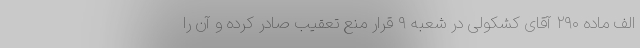
الف ماده ۲۹۰ آقای کشکولی در شعبه ۹ قرار منع تعقیب صادر کرده و آن را